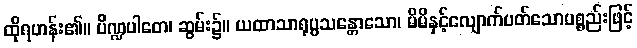
ထိုရဟန်း၏။ ပိဏ္ဍပါတေ၊ ဆွမ်း၌။ ယထာသာရုပ္ပသန္တောသော၊ မိမိနှင့်လျောက်ပတ်သောပစ္စည်းဖြင့်